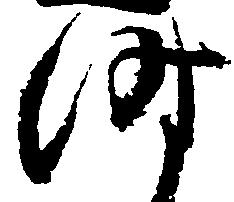
時